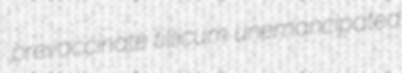
prevaccinate tillicum unemancipated